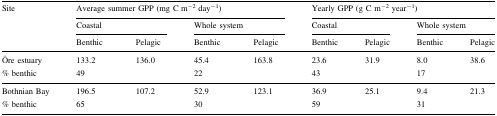
<table><thead><tr><td rowspan="3"><b>Site</b></td><td colspan="4"><b>Average summer GPP (mg C m<sup>−2</sup> day<sup>−1</sup>)</b></td><td colspan="4"><b>Yearly GPP (g C m<sup>−2</sup> year<sup>−1</sup>)</b></td></tr><tr><td colspan="2"><b>Coastal</b></td><td colspan="2"><b>Whole system</b></td><td colspan="2"><b>Coastal</b></td><td colspan="2"><b>Whole system</b></td></tr><tr><td><b>Benthic</b></td><td><b>Pelagic</b></td><td><b>Benthic</b></td><td><b>Pelagic</b></td><td><b>Benthic</b></td><td><b>Pelagic</b></td><td><b>Benthic</b></td><td><b>Pelagic</b></td></tr></thead><tbody><tr><td>Öre estuary</td><td>133.2</td><td>136.0</td><td>45.4</td><td>163.8</td><td>23.6</td><td>31.9</td><td>8.0</td><td>38.6</td></tr><tr><td>% benthic</td><td colspan="2">49</td><td colspan="2">22</td><td colspan="2">43</td><td colspan="2">17</td></tr><tr><td>Bothnian Bay</td><td>196.5</td><td>107.2</td><td>52.9</td><td>123.1</td><td>36.9</td><td>25.1</td><td>9.4</td><td>21.3</td></tr><tr><td>% benthic</td><td colspan="2">65</td><td colspan="2">30</td><td colspan="2">59</td><td colspan="2">31</td></tr></tbody></table>